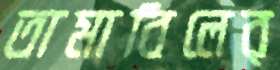
তামাবিলের